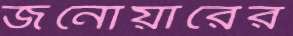
জনোয়ারের